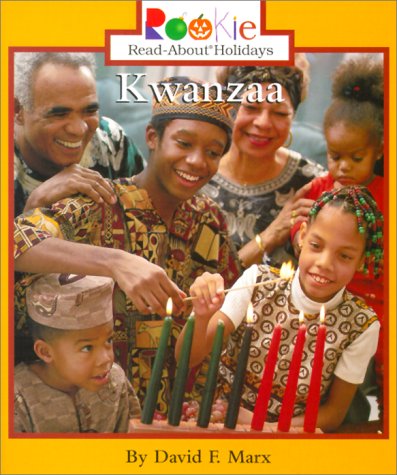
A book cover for Kwanzaa (Rookie Read-About Holidays); David F. Marx; Children's Books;